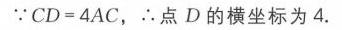
\(\because CD = 4AC\)，\(\therefore\)点\(D\)的横坐标为\(4\).